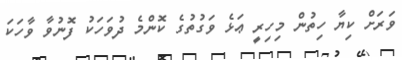
ވަރަށް ކިޔާ ހިތުން މިހިރީި ޢަަޅެ ވަގުތުގެ ކޮންމެ ދުވަހަކު ފޮނުވާ ވާހަކަ